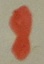
Text: 8